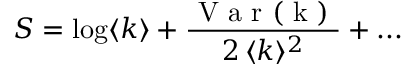
S = \log \langle k \rangle + \frac { \mathrm { ~ V ~ a ~ r ~ ( ~ k ~ ) ~ } } { 2 \, \langle k \rangle ^ { 2 } } + . . .